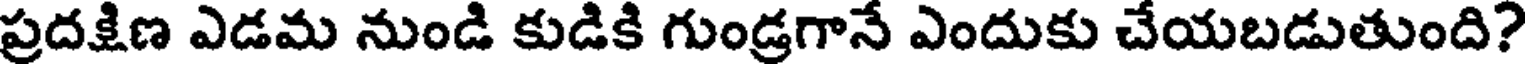
ప్రదక్షిణ ఎడమ నుండి కుడికి గుండ్రగానే ఎందుకు చేయబడుతుంది?